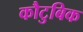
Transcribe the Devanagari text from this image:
कौटुबिक